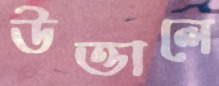
উত্তালে